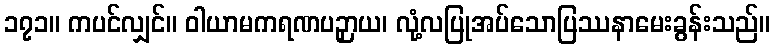
၁၇၁။ ကပင်လျှင်။ ဝါယာမကရဏပဉှာယ၊ လုံ့လပြုအပ်သောပြဿနာမေးခွန်းသည်။